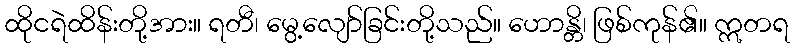
ထိုငရဲထိန်းတို့အား။ ရတီ၊ မွေ့လျော်ခြင်းတို့သည်။ ဟောန္တိ၊ ဖြစ်ကုန်၏။ ဣတရ